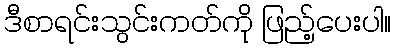
ဒီစာရင်းသွင်းကတ်ကို ဖြည့်ပေးပါ။